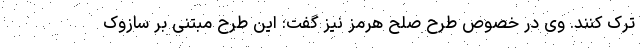
ترک کنند. وی در خصوص طرح صلح هرمز نیز گفت: این طرح مبتنی بر سازوک